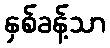
နှစ်ခန့်သာ